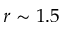
r \sim 1 . 5